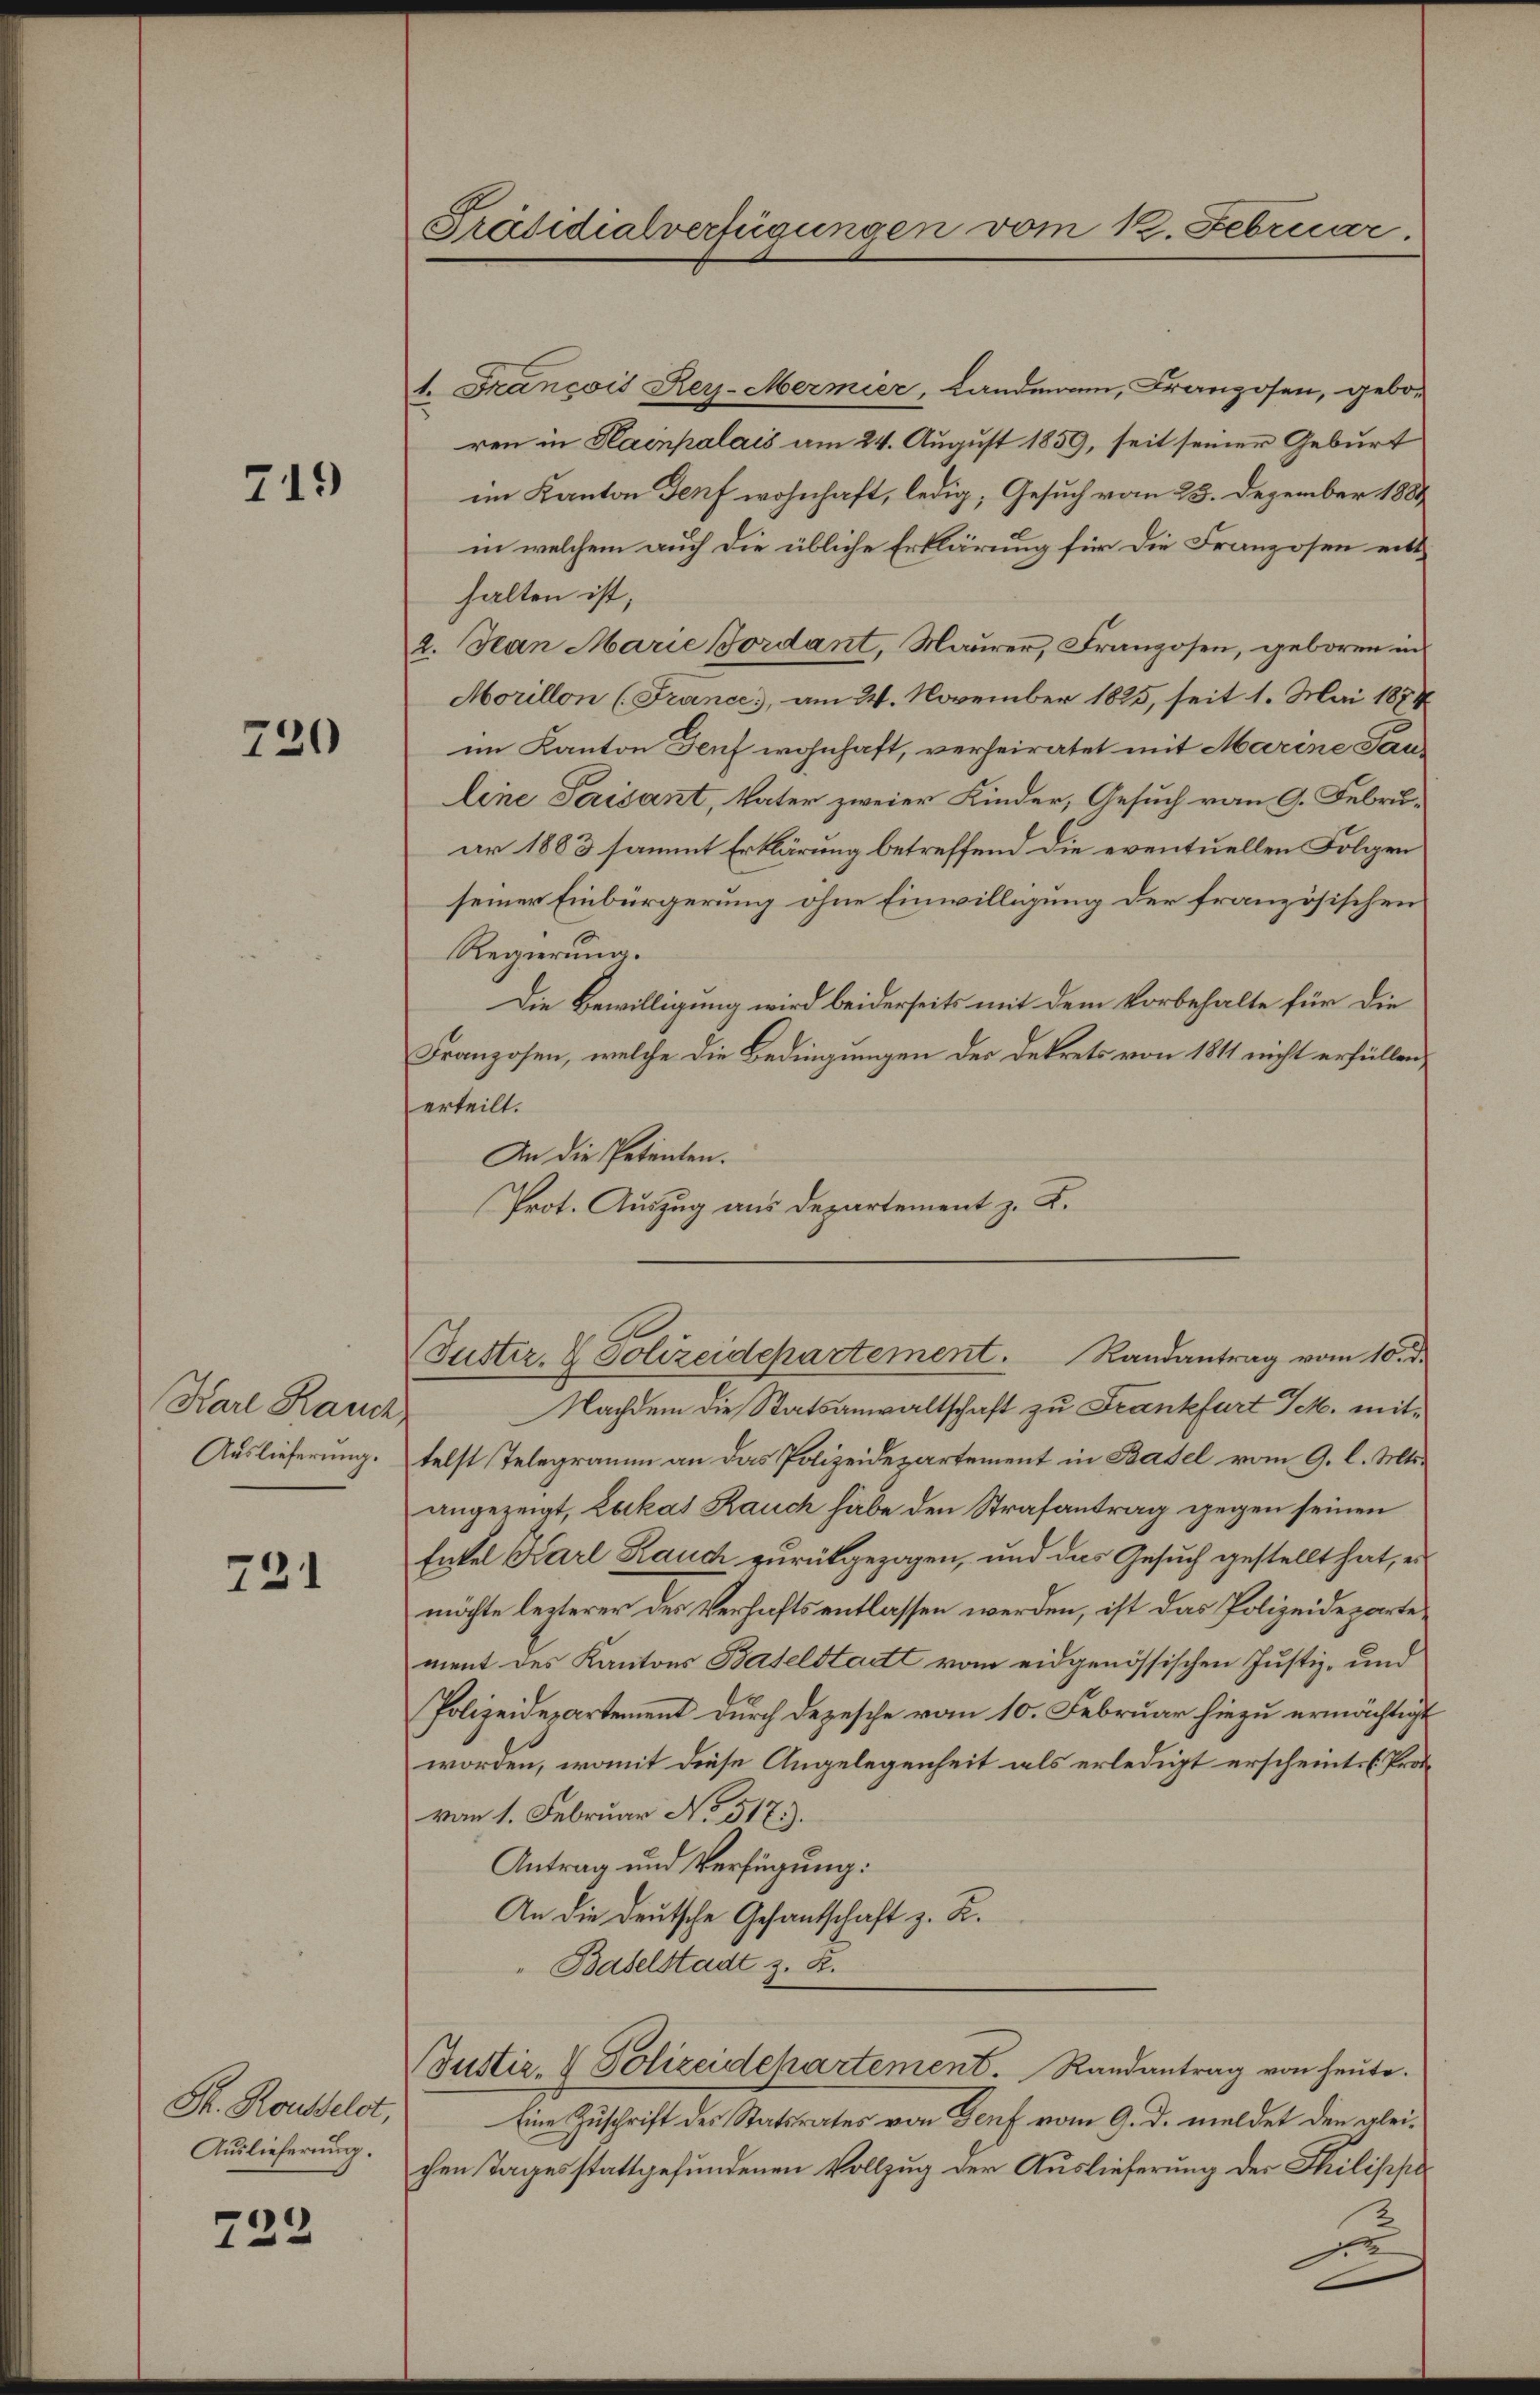
719

720

Karl Rauch
Auslieferung.

721

S. Rosseldt,
Auslieferung.

722

Präsidialverfügungen vom 12. Februar.

1. Francois Rey-Mermier, Landmann, Franzosen, geboren in Hainpalais am 24. August 1859, seit seiner Geburt
im Kanton Genf wohnhaft, ledig, Gesuch vom 25. Dezember 1889
in welchem auch die übliche Erklärung für die Franzosen eitthalten ist,
2. Jean Marie Bordant, Maurer, Franzosen, geboren in
Morillon (France, am 24. November 1825, seit 1. Mai 1874
im Kanton Genf wohnhaft, verheiratet mit Marine Tauline Parisant, Vater zweier Kinder, Gesuch vom 9. Februar 1883 sammt Erklärung betreffend die eventuellen Folgen
seiner Einbürgerung ohne Einwilligung der französischen
Regierung.
Die Bewilligung wird beiderseits mit dem Vorbehalte für die
Franzosen, welche die Bedingungen der Dekrets von 1811 nicht erfüllen,
erteilt.
An die Petenten.
Prot. Auszug aus Departement z. K.

Nachdem die Statsanwaltschaft zu Frankfurt Sch. mittelst Telegramm an das Polizeidepartement in Basel vom 9. l. Mts.
angezeigt, Lukas Rauch habe den Strafantrag gegen seinen
Enkel Karl Rauch zurückgezogen, und das Gesuch gestellt hat, es
möchte lezterer der Verhaftsentlassen werden, ist das Polizeidepartement des Kantons Baselstadt vom eidgenössischen Justiz- und
Polizeidepartement durch Depesche vom 10. Februar hiezu ermächtigt
worden, womit diese Angelegenheit als erledigt erscheint. (Provom 1. Februar No. 5173.
Antrag und Verfügung:
An die Deutsche Gesantschaft z. R.
" Baselstadt z. B.
Justiz- & Polizeidepartement. Randantrag von heute.
Eine Zuschrift des Statsrates von Genf vom 9. d. meldet den gleichen Tages stattgefundenen Vollzug der Auslieferung der Philische¬

Butter, 1 Polizeidepartement. Randantrag vom 10. d.

e